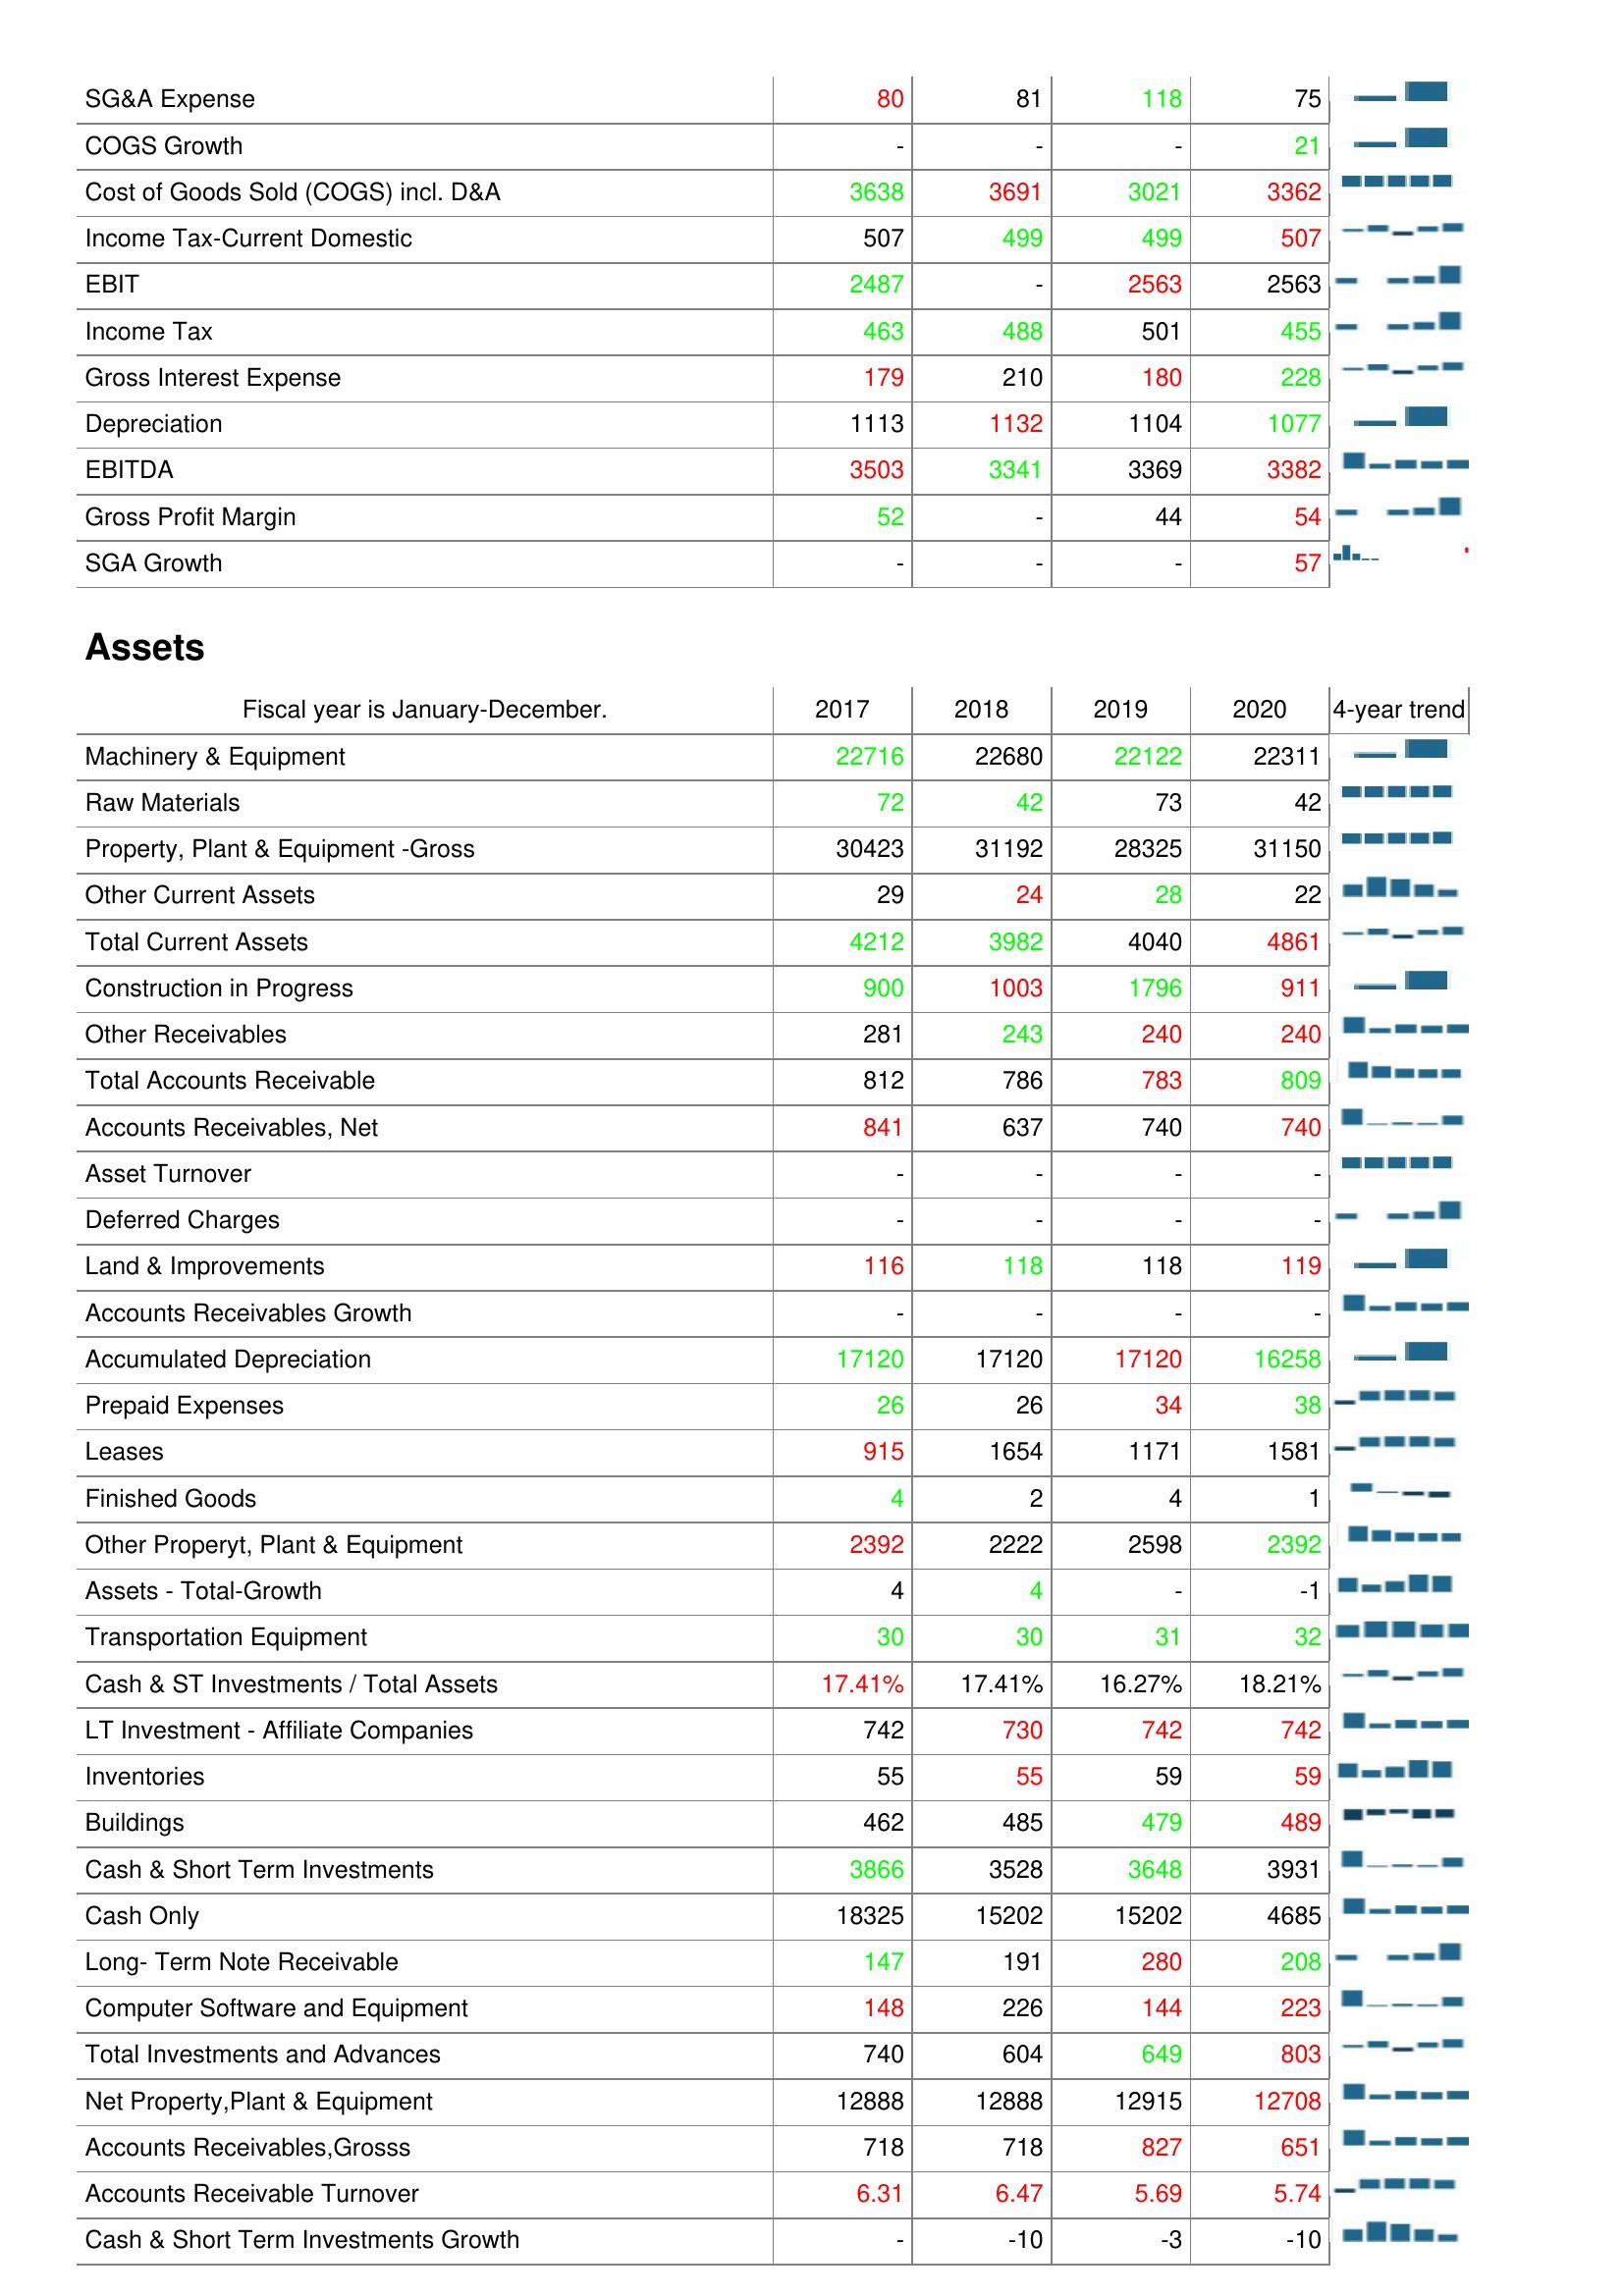
2017: : SG&A Expense: 80
COGS Growth: -
Cost of Goods Sold (COGS) incl. D&A: 3638
Income Tax-Current Domestic: 507
EBIT: 2487
Income Tax: 463
Gross Interest Expense: 179
Depreciation: 1113
EBITDA: 3503
Gross Profit Margin: 52
SGA Growth: -
Assets: Machinery & Equipment: 22716
Raw Materials: 72
Property, Plant & Equipment -Gross: 30423
Other Current Assets: 29
Total Current Assets: 4212
Construction in Progress: 900
Other Receivables: 281
Total Accounts Receivable: 812
Accounts Receivables, Net: 841
Asset Turnover: -
Deferred Charges: -
Land & Improvements: 116
Accounts Receivables Growth: -
Accumulated Depreciation: 17120
Prepaid Expenses: 26
Leases: 915
Finished Goods: 4
Other Properyt, Plant & Equipment: 2392
Assets - Total-Growth: 4
Transportation Equipment: 30
Cash & ST Investments / Total Assets: 17.41%
LT Investment - Affiliate Companies: 742
Inventories: 55
Buildings: 462
Cash & Short Term Investments: 3866
Cash Only: 18325
Long- Term Note Receivable: 147
Computer Software and Equipment: 148
Total Investments and Advances: 740
Net Property,Plant & Equipment: 12888
Accounts Receivables,Grosss: 718
Accounts Receivable Turnover: 6.31
Cash & Short Term Investments Growth: -
2018: : SG&A Expense: 81
COGS Growth: -
Cost of Goods Sold (COGS) incl. D&A: 3691
Income Tax-Current Domestic: 499
EBIT: -
Income Tax: 488
Gross Interest Expense: 210
Depreciation: 1132
EBITDA: 3341
Gross Profit Margin: -
SGA Growth: -
Assets: Machinery & Equipment: 22680
Raw Materials: 42
Property, Plant & Equipment -Gross: 31192
Other Current Assets: 24
Total Current Assets: 3982
Construction in Progress: 1003
Other Receivables: 243
Total Accounts Receivable: 786
Accounts Receivables, Net: 637
Asset Turnover: -
Deferred Charges: -
Land & Improvements: 118
Accounts Receivables Growth: -
Accumulated Depreciation: 17120
Prepaid Expenses: 26
Leases: 1654
Finished Goods: 2
Other Properyt, Plant & Equipment: 2222
Assets - Total-Growth: 4
Transportation Equipment: 30
Cash & ST Investments / Total Assets: 17.41%
LT Investment - Affiliate Companies: 730
Inventories: 55
Buildings: 485
Cash & Short Term Investments: 3528
Cash Only: 15202
Long- Term Note Receivable: 191
Computer Software and Equipment: 226
Total Investments and Advances: 604
Net Property,Plant & Equipment: 12888
Accounts Receivables,Grosss: 718
Accounts Receivable Turnover: 6.47
Cash & Short Term Investments Growth: -10
2019: : SG&A Expense: 118
COGS Growth: -
Cost of Goods Sold (COGS) incl. D&A: 3021
Income Tax-Current Domestic: 499
EBIT: 2563
Income Tax: 501
Gross Interest Expense: 180
Depreciation: 1104
EBITDA: 3369
Gross Profit Margin: 44
SGA Growth: -
Assets: Machinery & Equipment: 22122
Raw Materials: 73
Property, Plant & Equipment -Gross: 28325
Other Current Assets: 28
Total Current Assets: 4040
Construction in Progress: 1796
Other Receivables: 240
Total Accounts Receivable: 783
Accounts Receivables, Net: 740
Asset Turnover: -
Deferred Charges: -
Land & Improvements: 118
Accounts Receivables Growth: -
Accumulated Depreciation: 17120
Prepaid Expenses: 34
Leases: 1171
Finished Goods: 4
Other Properyt, Plant & Equipment: 2598
Assets - Total-Growth: -
Transportation Equipment: 31
Cash & ST Investments / Total Assets: 16.27%
LT Investment - Affiliate Companies: 742
Inventories: 59
Buildings: 479
Cash & Short Term Investments: 3648
Cash Only: 15202
Long- Term Note Receivable: 280
Computer Software and Equipment: 144
Total Investments and Advances: 649
Net Property,Plant & Equipment: 12915
Accounts Receivables,Grosss: 827
Accounts Receivable Turnover: 5.69
Cash & Short Term Investments Growth: -3
2020: : SG&A Expense: 75
COGS Growth: 21
Cost of Goods Sold (COGS) incl. D&A: 3362
Income Tax-Current Domestic: 507
EBIT: 2563
Income Tax: 455
Gross Interest Expense: 228
Depreciation: 1077
EBITDA: 3382
Gross Profit Margin: 54
SGA Growth: 57
Assets: Machinery & Equipment: 22311
Raw Materials: 42
Property, Plant & Equipment -Gross: 31150
Other Current Assets: 22
Total Current Assets: 4861
Construction in Progress: 911
Other Receivables: 240
Total Accounts Receivable: 809
Accounts Receivables, Net: 740
Asset Turnover: -
Deferred Charges: -
Land & Improvements: 119
Accounts Receivables Growth: -
Accumulated Depreciation: 16258
Prepaid Expenses: 38
Leases: 1581
Finished Goods: 1
Other Properyt, Plant & Equipment: 2392
Assets - Total-Growth: -1
Transportation Equipment: 32
Cash & ST Investments / Total Assets: 18.21%
LT Investment - Affiliate Companies: 742
Inventories: 59
Buildings: 489
Cash & Short Term Investments: 3931
Cash Only: 4685
Long- Term Note Receivable: 208
Computer Software and Equipment: 223
Total Investments and Advances: 803
Net Property,Plant & Equipment: 12708
Accounts Receivables,Grosss: 651
Accounts Receivable Turnover: 5.74
Cash & Short Term Investments Growth: -10